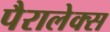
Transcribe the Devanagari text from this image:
पैरालेक्स